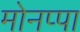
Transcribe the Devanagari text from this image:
मोनप्पा